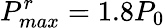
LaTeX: P_{max}^{r}=1.8P_{0}